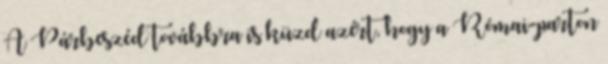
A Párbeszéd továbbra is küzd azért, hogy a Római-parton